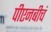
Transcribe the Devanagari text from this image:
पीएनबीचं